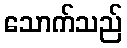
သောက်သည်